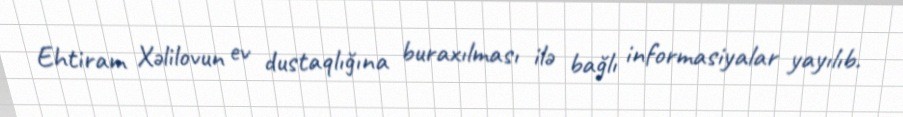
Ehtiram Xəlilovun ev dustaqlığına buraxılması ilə bağlı informasiyalar yayılıb.